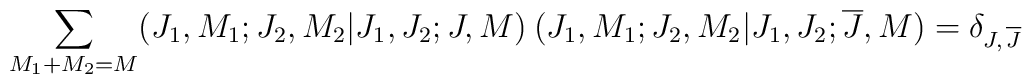
\sum _{M_1+M_2=M}\bigl(J_1,M_1;J_2,M_2 \vert J_1,J_2;J,M\bigr)\>\bigl(J_1,M_1;J_2,M_2\vert J_1,J_2;{\overline J},M)=\delta_{J,\,{\overline J}}